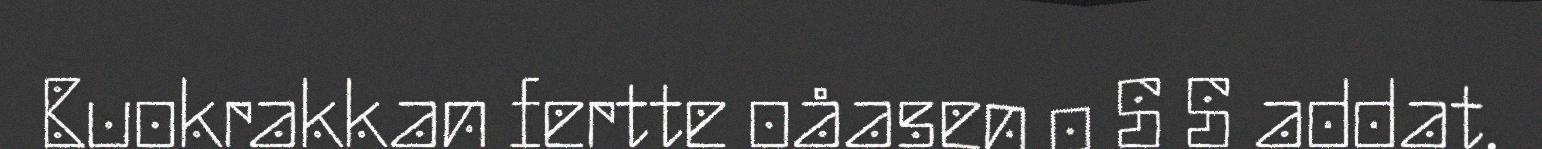
Buokrakkan fertte oåasen o S S addat.